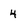
Character: 4